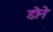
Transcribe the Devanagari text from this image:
डोने